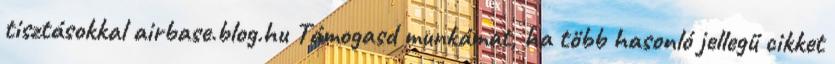
tisztásokkal airbase.blog.hu Támogasd munkámat, ha több hasonló jellegű cikket